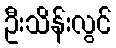
ဦးသိန်းလွင်